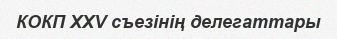
КОКП XXV съезінің делегаттары